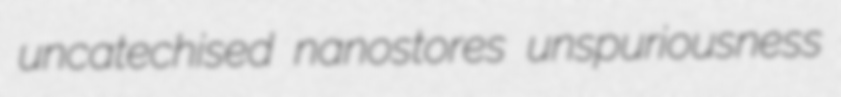
uncatechised nanostores unspuriousness